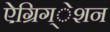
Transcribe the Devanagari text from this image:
ऐग्रिग्‌ेशन